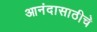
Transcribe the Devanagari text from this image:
आनंदासाठीचे